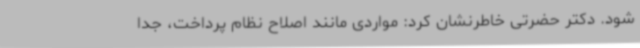
شود. دکتر حضرتی خاطرنشان کرد: مواردی مانند اصلاح نظام پرداخت، جدا